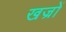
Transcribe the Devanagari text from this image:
खज्रों